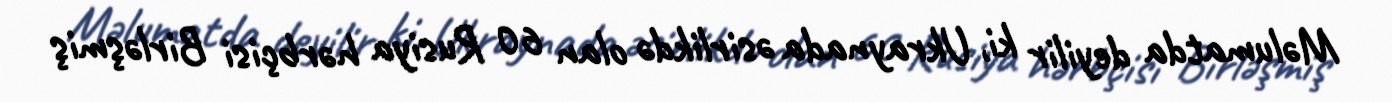
Məlumatda deyilir ki, Ukraynada əsirlikdə olan 60 Rusiya hərbçisi Birləşmiş